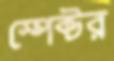
স্পেক্টর